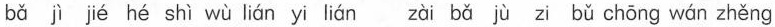
bǎ jì jié hé shì wù lián yi lián zài bǎ jù zi bǔ chōng wán zhěng